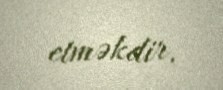
etməkdir.